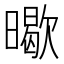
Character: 𭧸